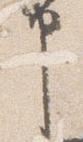
申